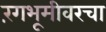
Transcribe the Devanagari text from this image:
रंगभूमीवरचा